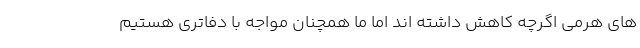
های هرمی اگرچه کاهش داشته اند اما ما همچنان مواجه با دفاتری هستیم